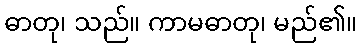
ဓာတု၊ သည်။ ကာမဓာတု၊ မည်၏။